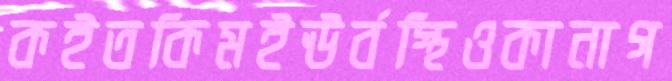
কইতকিমইঊর্বস্থিওকানাগ